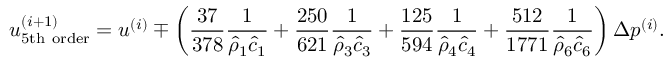
u _ { \mathrm { 5 t h ~ o r d e r } } ^ { ( i + 1 ) } = u ^ { ( i ) } \mp \left( \frac { 3 7 } { 3 7 8 } \frac { 1 } { \hat { \rho } _ { 1 } \hat { c } _ { 1 } } + \frac { 2 5 0 } { 6 2 1 } \frac { 1 } { \hat { \rho } _ { 3 } \hat { c } _ { 3 } } + \frac { 1 2 5 } { 5 9 4 } \frac { 1 } { \hat { \rho } _ { 4 } \hat { c } _ { 4 } } + \frac { 5 1 2 } { 1 7 7 1 } \frac { 1 } { \hat { \rho } _ { 6 } \hat { c } _ { 6 } } \right) \Delta p ^ { ( i ) } .